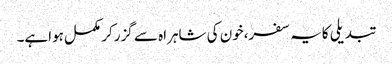
تبدیلی کایہ سفر،خون کی شاہراہ سے گزرکر مکمل ہواہے۔